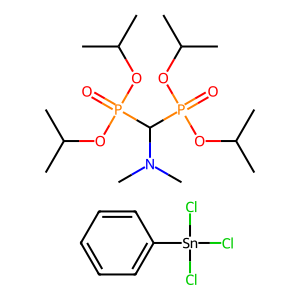
SMILES: CC(C)OP(=O)(OC(C)C)C(N(C)C)P(=O)(OC(C)C)OC(C)C.Cl[Sn](Cl)(Cl)c1ccccc1
Inhibits HIV replication: No